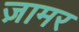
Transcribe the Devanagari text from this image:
ज़ामर